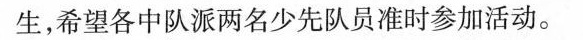
生，希望各中队派两名少先队员准时参加活动。